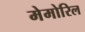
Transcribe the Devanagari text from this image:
मेमोरिल